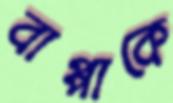
বাপ্পাকে